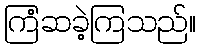
ကြံဆခဲ့ကြသည်။